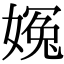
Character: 𡟰